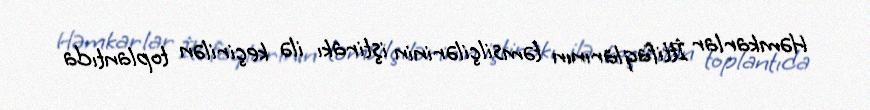
Həmkarlar İttifaqlarının təmsilçilərinin iştirakı ilə keçirilən toplantıda